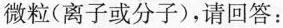
微粒(离子或分子)，请回答：